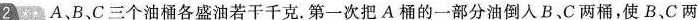
12 A 、B、C三个油桶各盛油若干千克。第一次把A桶的一部分油倒入B、C两桶，使B、C两